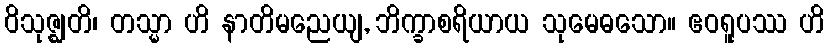
ဝိသုဇ္ဈတိ၊ တသ္မာ ဟိ နာတိမညေယျ, ဘိက္ခာစရိယာယ သုမေဓသော။ ဧဝရူပဿ ဟိ